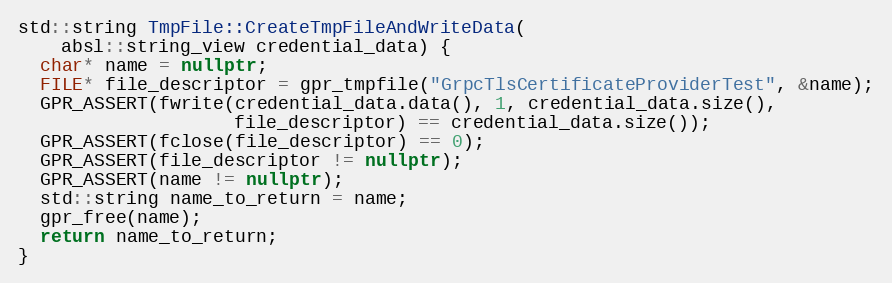
Language: C++
std::string TmpFile::CreateTmpFileAndWriteData(
    absl::string_view credential_data) {
  char* name = nullptr;
  FILE* file_descriptor = gpr_tmpfile("GrpcTlsCertificateProviderTest", &name);
  GPR_ASSERT(fwrite(credential_data.data(), 1, credential_data.size(),
                    file_descriptor) == credential_data.size());
  GPR_ASSERT(fclose(file_descriptor) == 0);
  GPR_ASSERT(file_descriptor != nullptr);
  GPR_ASSERT(name != nullptr);
  std::string name_to_return = name;
  gpr_free(name);
  return name_to_return;
}